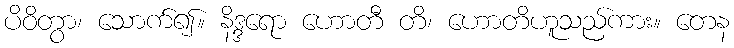
ပိဝိတွာ၊ သောက်၍။ နိဒ္ဒရော ဟောတီ တိ၊ ဟောတိဟူသည်ကား။ တေန